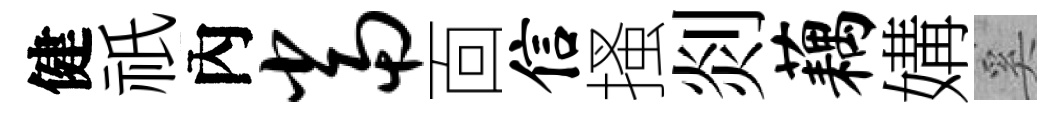
健祇內当靣信搔剡藕媾奚